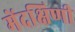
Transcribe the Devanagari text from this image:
मेंदक्षिणी